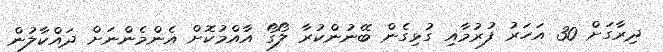
ދިރާގަށް 30 އަހަރު ފުރުމާއި ގުޅިގެން ބޭނުންކުރާ ލޯގޯ އާއްމުކޮށް އެންމެންނަށް ދައްކާލުން